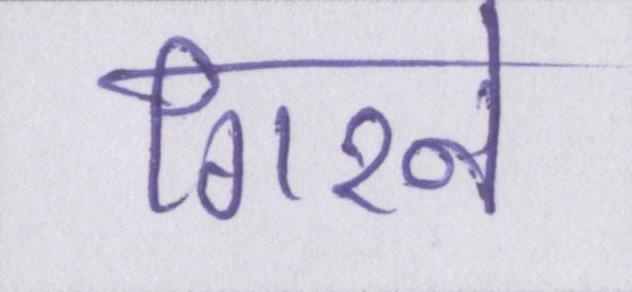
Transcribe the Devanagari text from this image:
गिरने